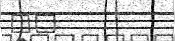
٢١